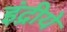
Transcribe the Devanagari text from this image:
इंद्रीये